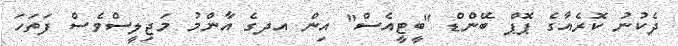
ދެކުނު ކޮރެއާގެ ޕޮޕް ބޭންޑް "ބީޓީއެސް" އިން އދގެ އާންމު މަޖިލީސްވެސް ފަތަހަ